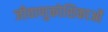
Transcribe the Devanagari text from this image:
जीवाणुकोशिकाओं